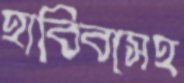
হাবিবাসহ